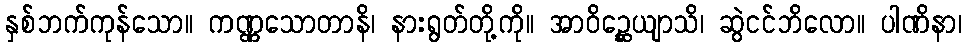
နှစ်ဘက်ကုန်သော။ ကဏ္ဏသောတာနိ၊ နားရွတ်တို့ကို။ အာဝိဉ္ဆေယျာသိ၊ ဆွဲငင်ဘိလော။ ပါဏိနာ၊